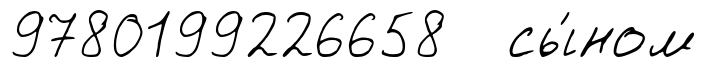
9780199226658 сы́ном